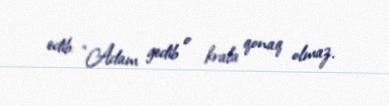
edib: “Adam gedib o krala qonaq olmaz.